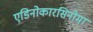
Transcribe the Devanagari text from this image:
एडिनोकारसिनोमा